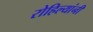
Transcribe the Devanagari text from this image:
रोहिल्यांनी